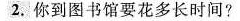
2.你到图书馆要花多长时间?